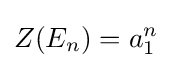
Z(E_{n})=a_{1}^{n}